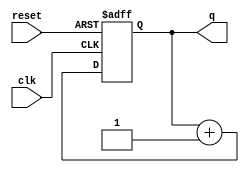
module async_reset_example (
    input wire clk,      // Clock signal
    input wire reset,    // Asynchronous reset signal
    output reg [7:0] q   // Output state signal (8-bit example)
);

// Define the reset value
localparam RESET_VALUE = 8'b00000000;

// Always block to handle asynchronous reset and clock edge sensitivity
always @(posedge clk or posedge reset) begin
    if (reset) begin
        // Asynchronous reset: set output to reset value
        q <= RESET_VALUE;
    end else begin
        // Normal operation: update the output on clock edge
        // Here you can define your logic for state transition
        // For example, let's just increment the output for demonstration
        q <= q + 1;
    end
end

endmodule